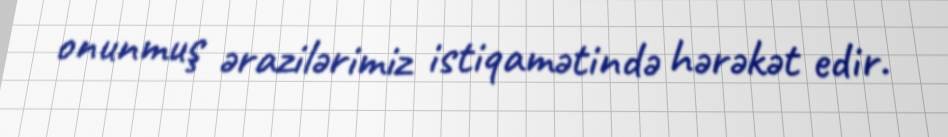
onunmuş ərazilərimiz istiqamətində hərəkət edir.